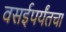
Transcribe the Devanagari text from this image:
वसईपर्यंतचा